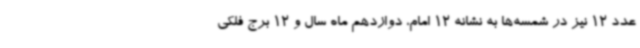
عدد 12 نیز در شمسه‌ها به نشانه 12 امام، دوازدهم ماه سال و 12 برج فلکی